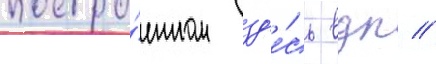
постро́енном зд'е́сь вдк //